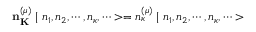
{ \bf n } _ { \bf K } ^ { ( \mu ) } \mid n _ { 1 } , n _ { 2 } , \cdots , n _ { \kappa } , \cdots > = n _ { \kappa } ^ { ( \mu ) } \mid n _ { 1 } , n _ { 2 } , \cdots , n _ { \kappa } , \cdots >